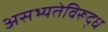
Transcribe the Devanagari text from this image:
असभ्यतेविरूद्ध